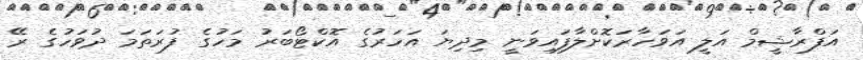
އަފްރާޝީމް އަލީ އަވަހާރަކޮށްލާފައިވަނީ މިދިޔަ އަހަރުގެ އޮކްޓޯބަރު މަހުގެ ފުރަތަމަ ދުވަހުގެ ރޭ